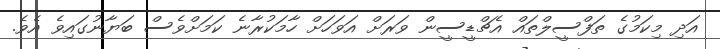
އަދި މިކަމުގެ ތަފްސީލްތައް އެޗްޑީސީން ވަރަށް އަވަހަށް ހާމަކުރާނެ ކަމަށްވެސް ބަޔާނުގައިވެ އެވެ.